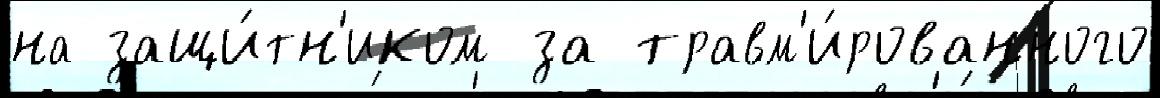
на защи́тн'иком за травм'и́рованного